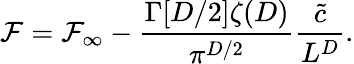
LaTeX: {\cal F}={\cal F}_{\infty}-\frac{\Gamma[D/2]\zeta(D)}{\pi^{D/2}}\frac{\tilde{c}}{L^{D}}.